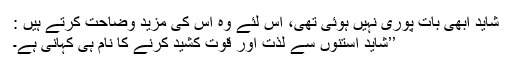
شاید ابھی بات پوری نہیں ہوئی تھی، اس لئے وہ اس کی مزید وضاحت کرتے ہیں :
’’شاید استنوں سے لذت اور قوت کشید کرنے کا نام ہی کہانی ہے۔